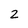
Character: 2